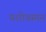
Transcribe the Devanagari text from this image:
यशोवम्र्मन